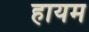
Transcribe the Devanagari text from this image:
हायम